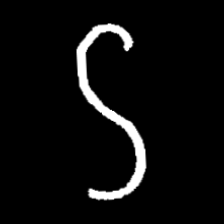
Pyu character \u2014 Myanmar letter: ဌ (romanized: ttha)